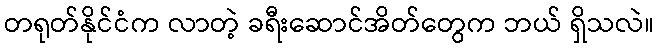
တရုတ်နိုင်ငံက လာတဲ့ ခရီးဆောင်အိတ်တွေက ဘယ် ရှိသလဲ။